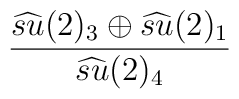
\frac{\widehat{su} (2)_{3}\oplus \widehat{su} (2)_{1}}{\widehat{su} (2)_{4}}